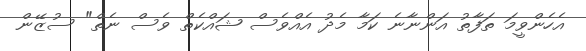
އެހެންވީމަ ތަފާތު އަންނާނެ ކަމާ މެދު އެއްވެސް ޝައްކެތް ވެސް ނެތް" ސުޒޭން